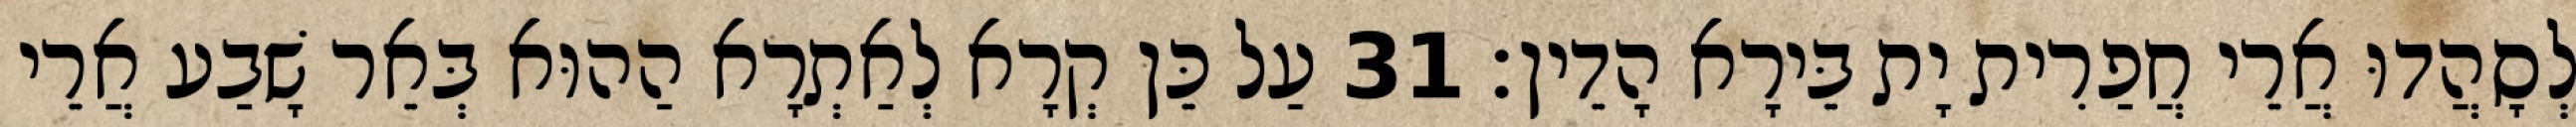
לְסָהֲדוּ אֲרֵי חֲפַרִית יָת בֵּירָא הָדֵין׃ 31 עַל כֵּן קְרָא לְאַתְרָא הַהוּא בְּאֵר שָׁבַע אֲרֵי